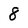
Character: 8